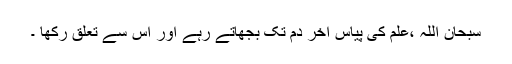
سبحان اللہ ،علم کی پیاس آخر دم تک بجھاتے رہے اور اس سے تعلق رکھا ۔